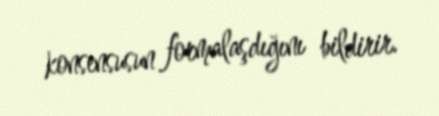
konsensusun formalaşdığını bildirir.